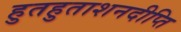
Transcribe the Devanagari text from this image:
हुतहुताशनदीप्ति